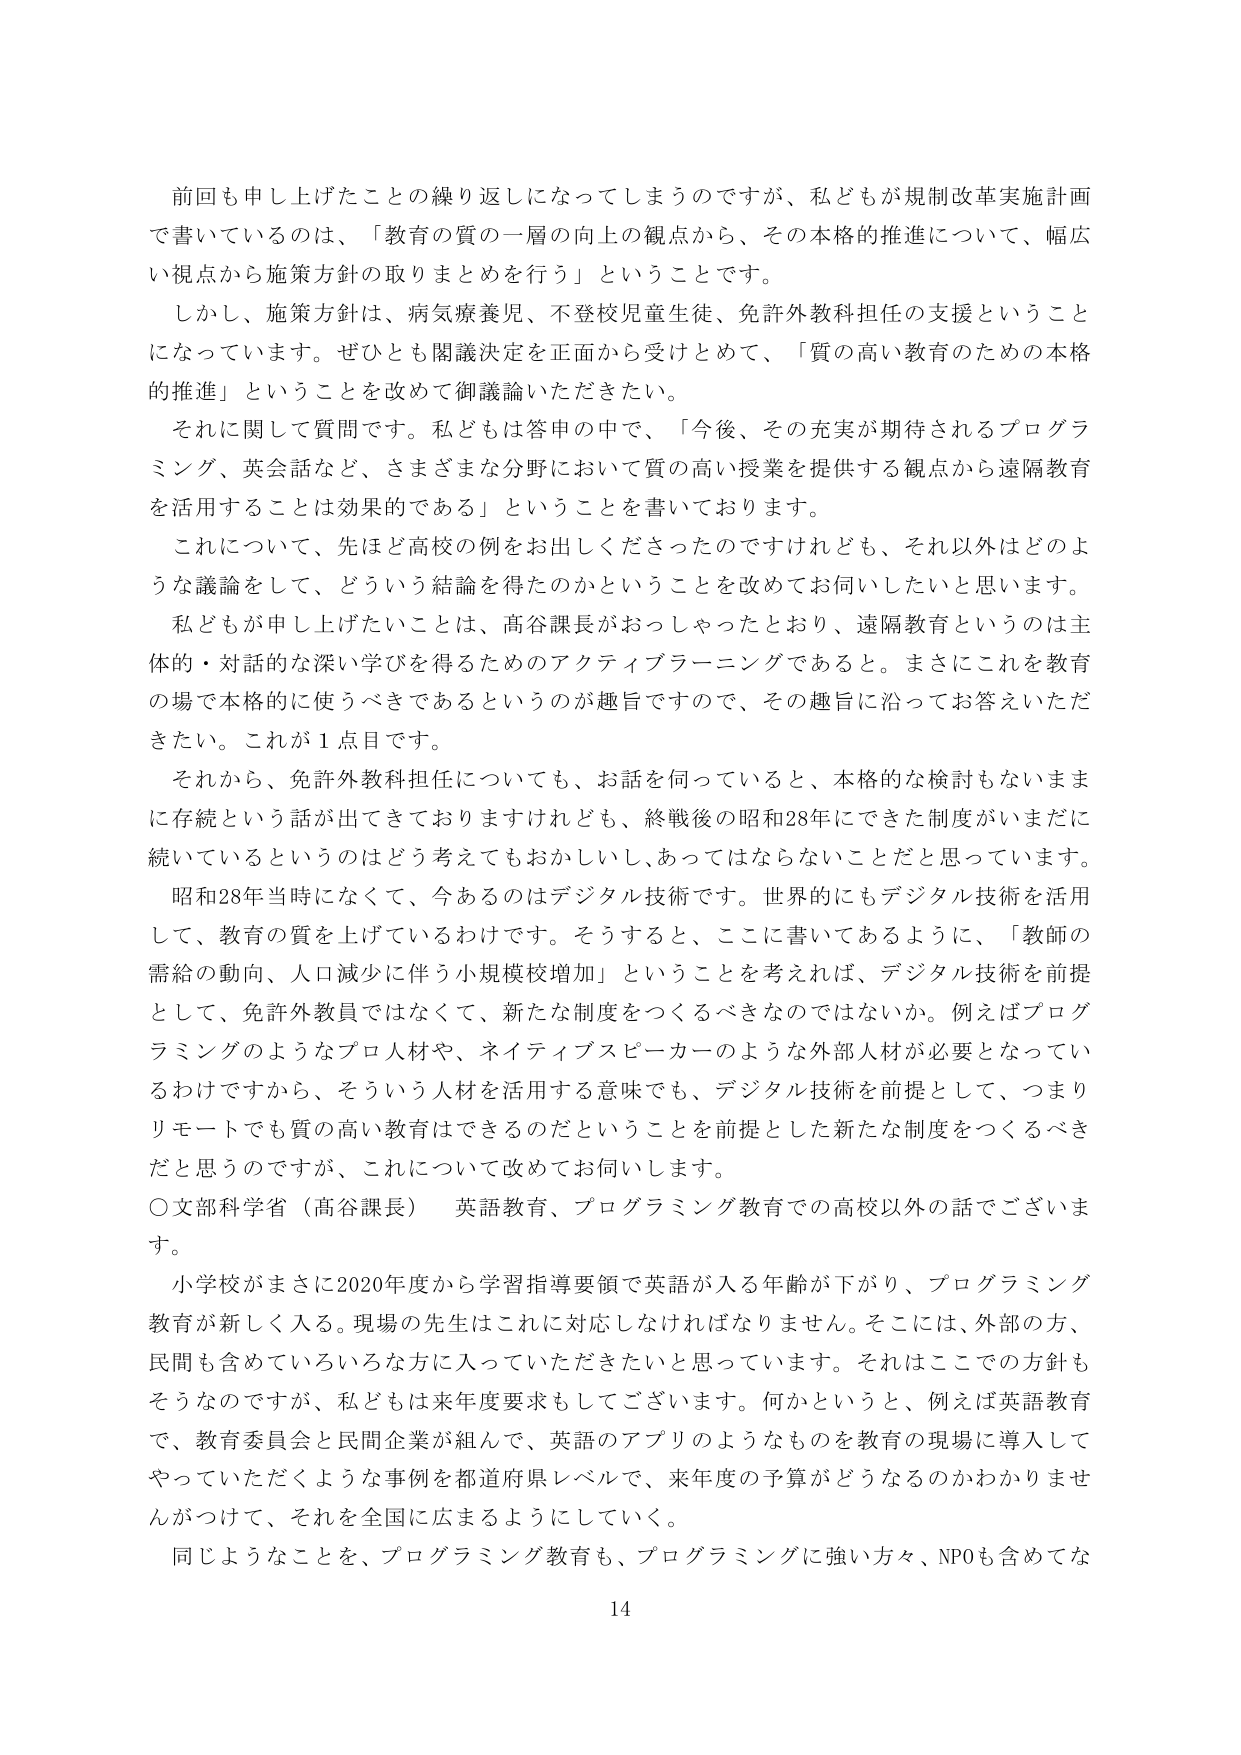
前回も申し上げたことの繰り返しになってしまうのですが、私どもが規制改革実施計画で書いているのは、「教育の質の一層の向上の観点から、その本格的推進について、幅広い視点から施策方針の取りまとめを行う」ということです。

しかし、施策方針は、病気療養児、不登校児童生徒、免許外教科担任の支援ということになっています。ぜひとも閣議決定を正面から受けとめて、「質の高い教育のための本格的推進」ということを改めて御議論いただきたい。

それに関して質問です。私どもは答申の中で、「今後、その充実が期待されるプログラミング、英会話など、さまざまな分野において質の高い授業を提供する観点から遠隔教育を活用することは効果的である」ということを書いております。

これについて、先ほど高校の例をお出しくださったのですけれども、それ以外はどのような議論をして、どういう結論を得たのかということを改めてお伺いしたいと思います。

私どもが申し上げたいことは、高谷課長がおっしゃったとおり、遠隔教育というのは主体的・対話的な深い学びを得るためのアクティブラーニングであると。まさにこれを教育の場で本格的に使うべきであるというのが趣旨ですので、その趣旨に沿ってお答えいただきたい。これが１点目です。

それから、免許外教科担任についても、お話を伺っていると、本格的な検討もなままに存続という話が出てきておりますけれども、終戦後の昭和28年にできた制度がいまだに続いているというのはどう考えてもおかしいし、あってはならないことだと思っています。

昭和28年当時になくて、今あるのはデジタル技術です。世界的にもデジタル技術を活用して、教育の質を上げているわけです。そうすると、ここに書いてあるように、「教師の需給の動向、人口減少に伴う小規模校増加」ということを考えれば、デジタル技術を前提として、免許外教員ではなくて、新たな制度をつくるべきなのではないか。例えばプログラミングのようなプロ人材や、ネイティブスピーカーのような外部人材が必要となっているわけですから、そういう人材を活用する意味でも、デジタル技術を前提として、つまりリモートでも質の高い教育はできるのだということを前提とした新たな制度をつくるべきだと思うのですが、これについて改めてお伺いします。

〇文部科学省（高谷課長） 英語教育、プログラミング教育での高校以外の話でございます。

小学校がまさに2020年度から学習指導要領で英語が入る年齢が下がり、プログラミング教育が新しく入る。現場の先生はこれに対応しなければなりません。そこには、外部の方、民間も含めていろいろな方に入っていただきたいと思っています。それはここでの方針もそうなのですが、私どもは来年度要求もしてございます。何かというと、例えば英語教育で、教育委員会と民間企業が組んで、英語のアプリのようなものを教育の現場に導入してやっていただくような事例を都道府県レベルで、来年度の予算がどうなるのかわかりませんがつけて、それを全国に広まるようにしていく。

同じようなことを、プログラミング教育も、プログラミングに強い方々、NPOも含めてな

14